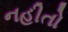
નહીતો